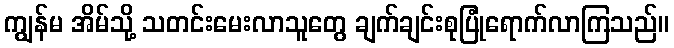
ကျွန်မ အိမ်သို့ သတင်းမေးလာသူတွေ ချက်ချင်းစုပြုံရောက်လာကြသည်။